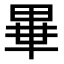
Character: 𤲃